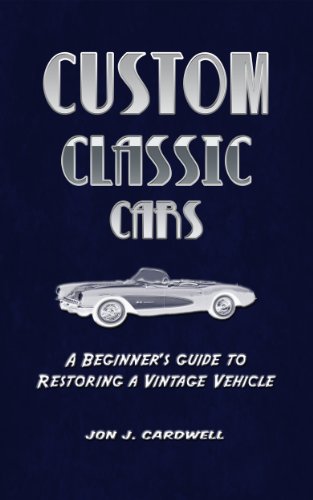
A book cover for Custom Classic Cars: A Beginner's Guide to Restoring a Vintage Vehicle; Jon J. Cardwell; Teen & Young Adult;